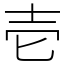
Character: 壱